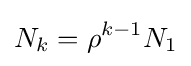
N_{k}=\rho ^{k-1}N_{1}